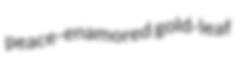
peace-enamored gold-leaf